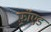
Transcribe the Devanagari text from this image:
फ़्रॉएड